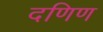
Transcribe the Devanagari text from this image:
दणिण